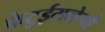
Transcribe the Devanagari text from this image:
फेटुईमलेमौ